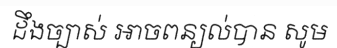
ដឹងច្បាស់ អាចពន្យល់បាន សូម